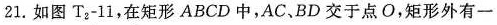
21.如图T_{2}-11，在矩形ABCD中，AC、BD交于点O，矩形外有一